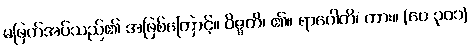
မဖြတ်အပ်သည်၏ အဖြစ်ကြောင့်။ ဝိဇ္ဇတိ၊ ၏။ ရာဂေါတိ၊ ကား။ (ပေ ၃၀၁)